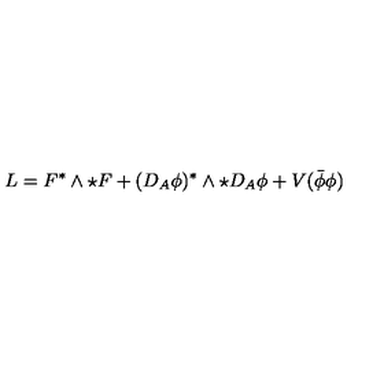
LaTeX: L = F ^ { * } \wedge \star F + ( D _ { A } \phi ) ^ { * } \wedge \star D _ { A } \phi + V ( \bar { \phi } \phi )